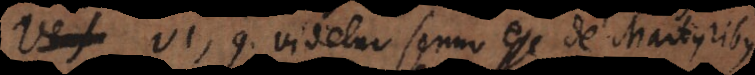
VI, 9. videtur sermo esse de Martyribus